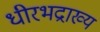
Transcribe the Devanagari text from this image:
धीरभद्राख्य